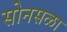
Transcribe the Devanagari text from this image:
सोनसळा